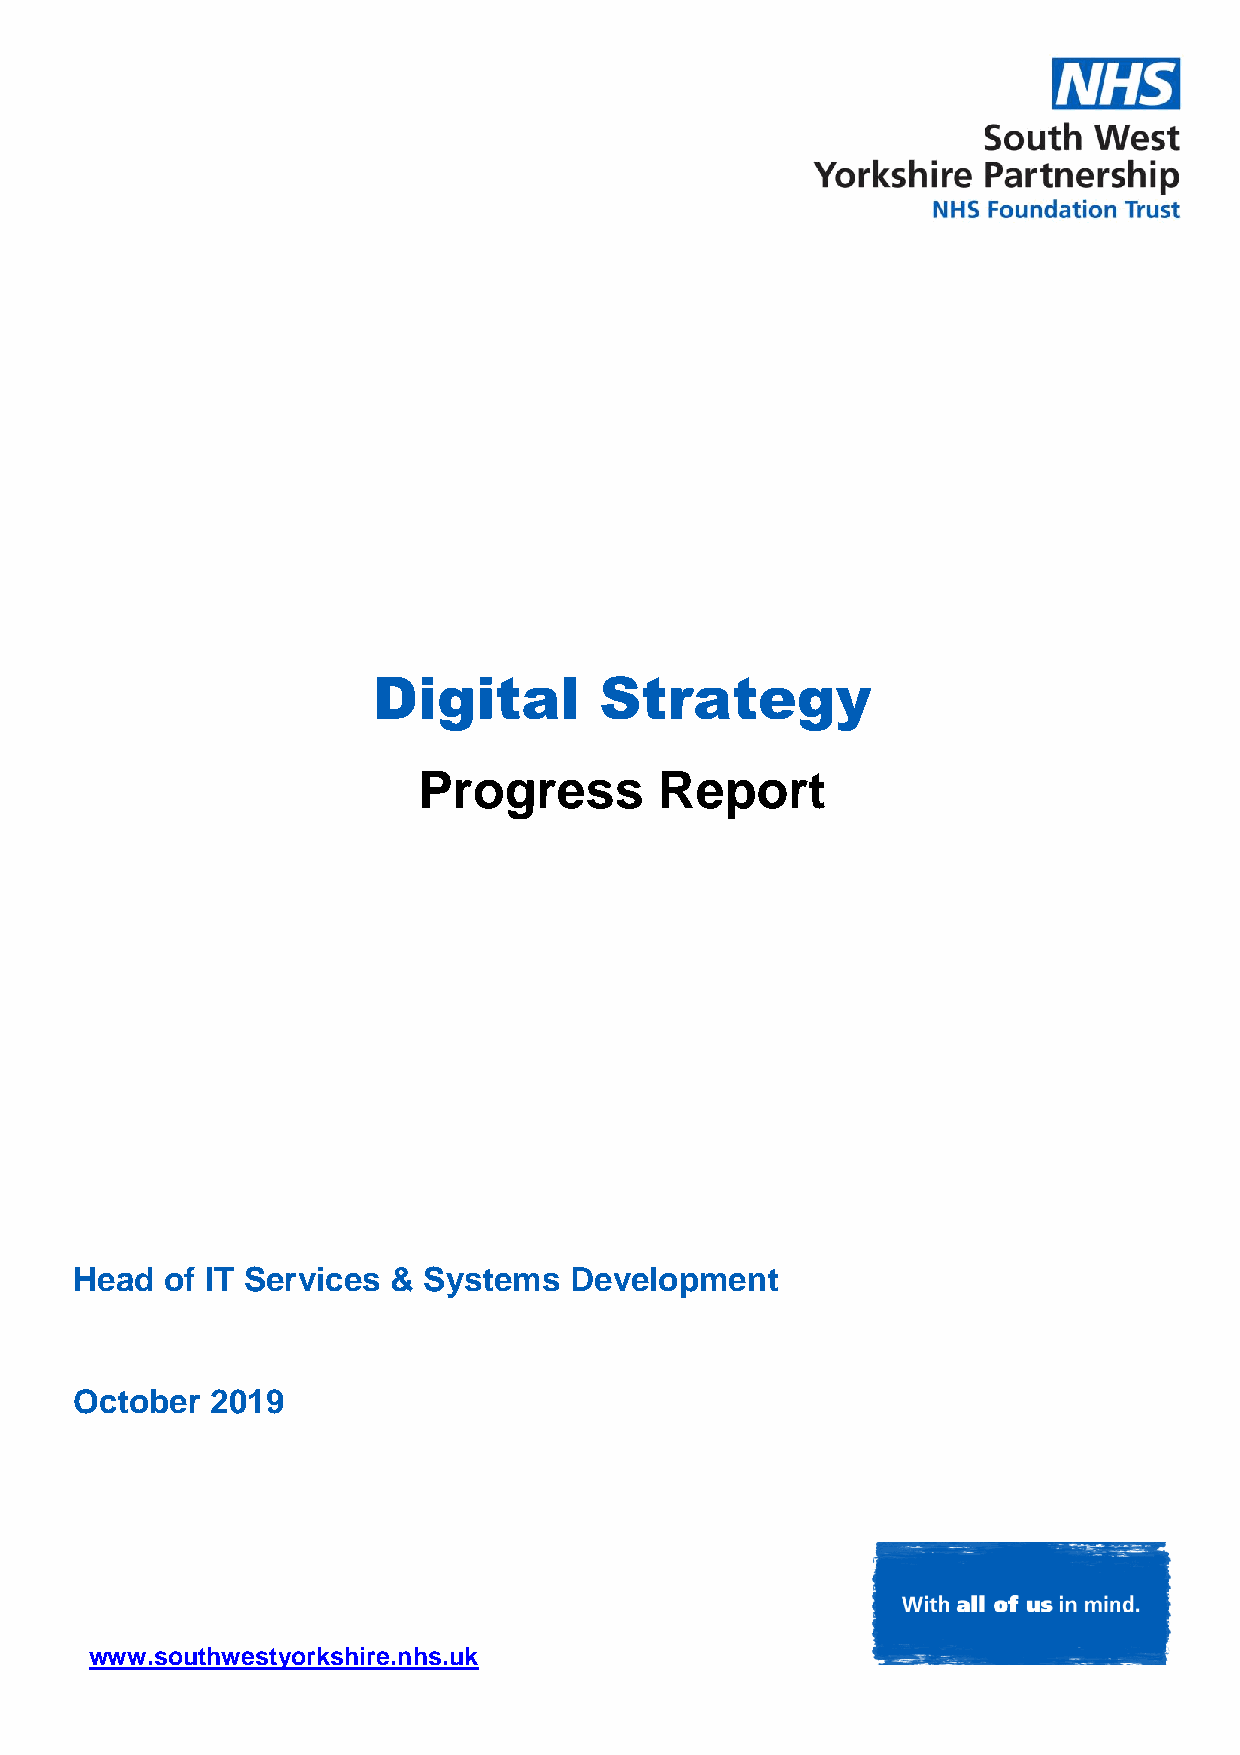
Digital        Strategy
 Progress        Report
 Head  of IT Services & Systems   Development
 October  2019
 www.southwestyorkshire.nhs.uk